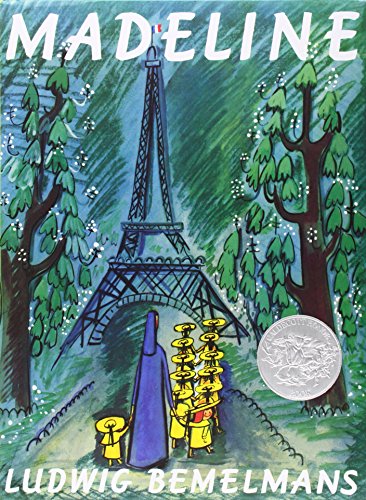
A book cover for Madeline; Ludwig  Bemelmans; Children's Books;